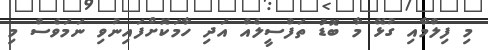
މި ފިލްމާއި ގުޅޭ މާ ބޮޑު ތަފްސީލެއް އަދި ހާމަކޮށްފައިނުވި ނަމަވެސް މި